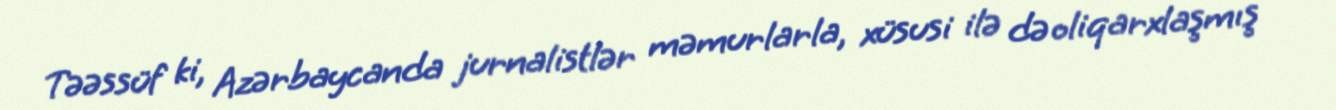
Təəssüf ki, Azərbaycanda jurnalistlər məmurlarla, xüsusi ilə də oliqarxlaşmış